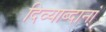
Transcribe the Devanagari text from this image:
दिव्याब्दानां